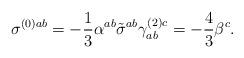
LaTeX: \begin{align*}\sigma^{(0) ab}=-\frac{1}{3}\alpha^{ab} \tilde{\sigma}^{ab} \gamma_{ab}^{(2)c} =-\frac{4}{3} \beta^c. \end{align*}